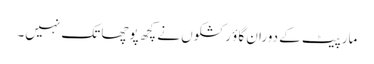
مارپیٹ کے دوران گاؤ رکشکوں نے کچھ پوچھا تک نہیں۔